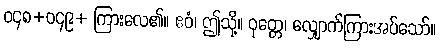
ဝ၄၈+ဝ၄၉+ ကြားလေ၏။ ဧဝံ၊ ဤသို့။ ဝုတ္တေ၊ လျှောက်ကြားအပ်သော်။